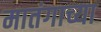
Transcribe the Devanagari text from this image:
मातंगाच्या